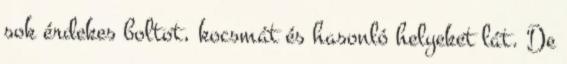
sok érdekes boltot, kocsmát és hasonló helyeket lát. De